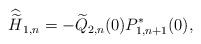
\begin{align*} {\widehat {\widetilde H}}_{1,n}=-\widetilde Q_{2,n}(0)P_{1,n+1}^*(0), \end{align*}